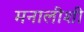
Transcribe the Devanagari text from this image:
मनालीशी